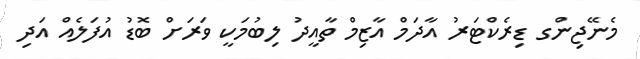
މެނޭޖިންގ ޑިރެކްޓަރު އާދަމް އާޒިމް ތާއީދު ލިބުމަކީ ވަރަށް ބޮޑު އުފަލެއް އަދި